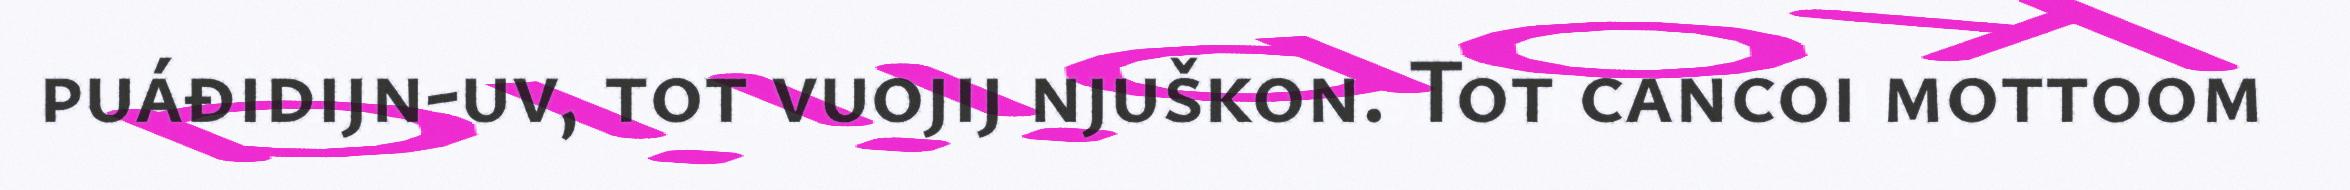
puáđidijn-uv, tot vuojij njuškon. Tot cancoi mottoom